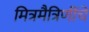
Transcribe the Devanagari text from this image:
मित्रमैत्रिणींचे